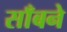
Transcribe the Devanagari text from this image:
साँबने